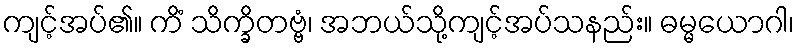
ကျင့်အပ်၏။ ကိံ သိက္ခိတဗ္ဗံ၊ အဘယ်သို့ကျင့်အပ်သနည်း။ ဓမ္မယောဂါ၊